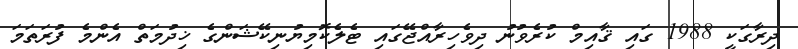
ދިރާގަކީ 1988 ގައި ޤާއިމް ކުރެވުނު ދިވެހިރާއްޖޭގައި ޓެލެކޮމިޔުނިކޭޝަންގެ ޚިދުމަތް އެންމެ ފުރަތަމަ